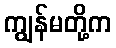
ကျွန်မတို့က